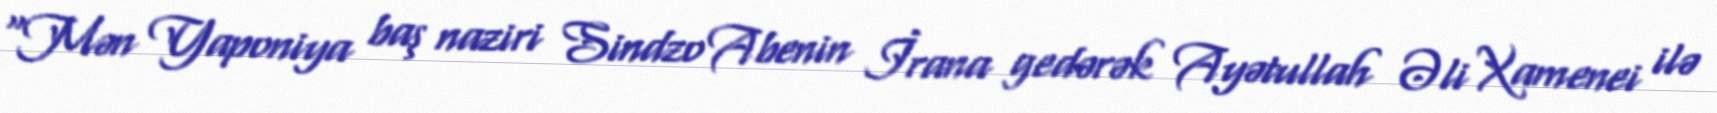
“Mən Yaponiya baş naziri Sindzo Abenin İrana gedərək Ayətullah Əli Xamenei ilə